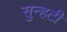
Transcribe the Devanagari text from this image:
सुन्हटी